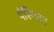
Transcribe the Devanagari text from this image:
पैरिंगटन